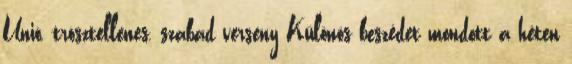
Unió, trösztellenes, szabad verseny Különös beszédet mondott a héten